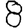
Digit: 8